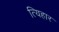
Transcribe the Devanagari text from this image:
त्यिहार